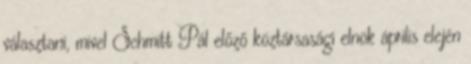
választani, mivel Schmitt Pál előző köztársasági elnök április elején